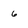
Character: 6